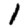
Digit: 1